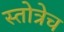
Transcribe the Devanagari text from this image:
स्तोत्रेच